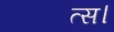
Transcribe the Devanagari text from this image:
त्स।